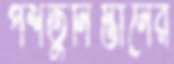
পশতুনিস্তানের